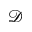
\mathcal { D }